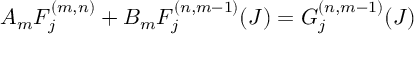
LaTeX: A _ { m } F _ { j } ^ { ( m , n ) } + B _ { m } F _ { j } ^ { ( n , m - 1 ) } ( J ) = G _ { j } ^ { ( n , m - 1 ) } ( J )